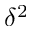
\delta ^ { 2 }